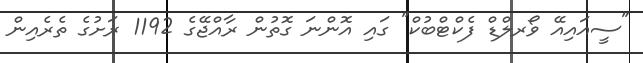
"ސީއައިއޭ ވޯރލްޑް ފެކްޓްބުކް" ގައި އޮންނަ ގޮތުން ރާއްޖޭގެ 1192 ރަށުގެ ތެރެއިން